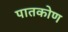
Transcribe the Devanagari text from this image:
पातकोण